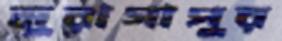
মুরাগাপুর